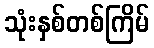
သုံးနှစ်တစ်ကြိမ်